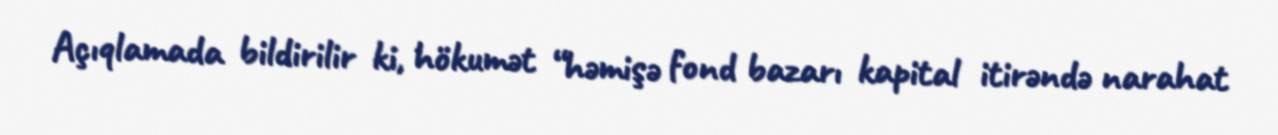
Açıqlamada bildirilir ki, hökumət “həmişə fond bazarı kapital itirəndə narahat